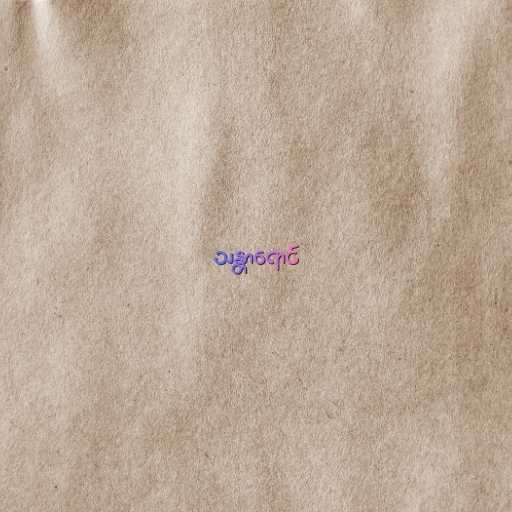
သန္တာရောင်